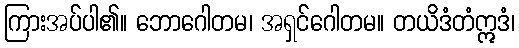
ကြားအပ်ပါ၏။ ဘောဂေါတမ၊ အရှင်ဂေါတမ။ တယိဒံတံဣဒံ၊